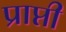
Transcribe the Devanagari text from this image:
प्राप्ती